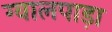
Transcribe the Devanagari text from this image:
ग्वालपाड़ा